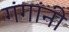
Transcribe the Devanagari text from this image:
गंगांनी